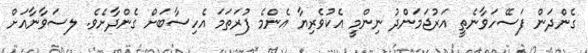
ގެންދަން ފަސޭހަވާނެތީ އަރުޖަމަންދު ނިންމީ އެކުވެރިޔާ އެންމެ ފުރަތަމަ އެހިސާބަށް ގެންދާށެވެ. ލސަވާނާއަށް